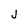
Character: j